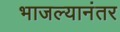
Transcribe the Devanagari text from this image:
भाजल्यानंतर